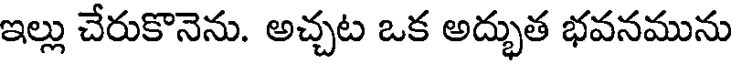
ఇల్లు చేరుకొనెను. అచ్చట ఒక అద్భుత భవనమును